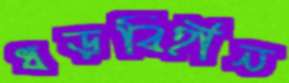
ধড়বিহীন